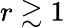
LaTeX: r\gtrsim 1